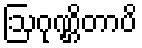
ဩဂုဏ္ဌိတာပိ